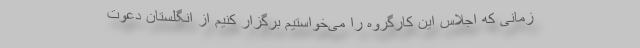
زمانی که اجلاس این کارگروه را می‌خواستیم برگزار کنیم از انگلستان دعوت